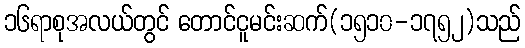
၁၆ရာစုအလယ်တွင် တောင်ငူမင်းဆက်(၁၅၁၀-၁၇၅၂)သည်